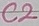
Text: C2